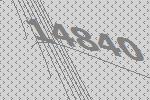
14840